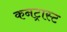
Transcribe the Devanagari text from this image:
कनट्रास्ट